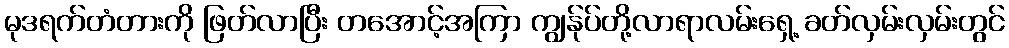
မုဒရက်တံတားကို ဖြတ်လာပြီး တအောင့်အကြာ ကျွန်ုပ်တို့လာရာလမ်းရှေ့ ခတ်လှမ်းလှမ်းတွင်